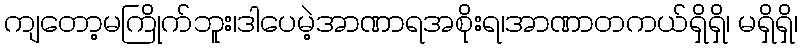
ကျတော့မကြိုက်ဘူး၊ဒါပေမဲ့အာဏာရအစိုးရ၊အာဏာတကယ်ရှိရှိ၊ မရှိရှိ၊